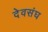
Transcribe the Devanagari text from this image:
देवसंघ